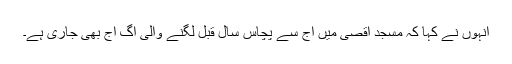
انہوں نے کہا کہ مسجد اقصیٰ میں آج سے پچاس سال قبل لگنے والی آگ آج بھی جاری ہے۔